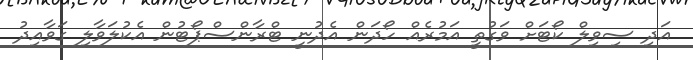
އަދި ސިވިލް ކޯޓަށް ވަގުތީ އަމުރެއް ހޯދަން އެދުނީ ޓްރާންސްޕޯޓުން އެކުލަވާލި ގަވާއިދު